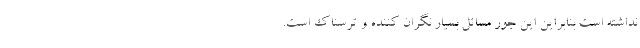
نداشته است بنابراین این جور مسائل بسیار نگران کننده و ترسناک است.